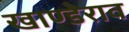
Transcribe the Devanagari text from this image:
खाण्डेराव